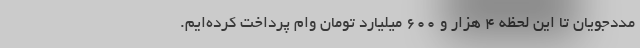
مددجویان تا این لحظه ۴ هزار و ۶۰۰ میلیارد تومان وام پرداخت کرده‌ایم.